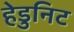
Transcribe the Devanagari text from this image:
हेडुनिट